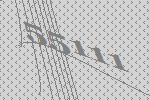
55111